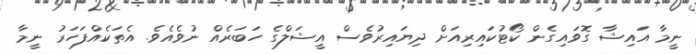
ނީމާ އައިޝާ ގޮވައިގެން ކޯޓުކައިރިއަށް ދިޔައިރުވެސް އީޝަލްގެ ހަބަރެއް ނުވެއެވެ. އެތަކެއްފަހަރު ނީމާ